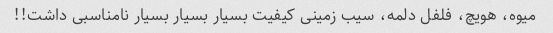
میوه، هویچ، فلفل دلمه، سیب زمینی کیفیت بسیار بسیار بسیار نامناسبی داشت!!